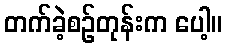
တက်ခဲ့စဉ်တုန်းက ပေါ့။